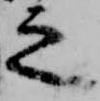
之